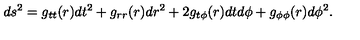
d s ^ { 2 } = g _ { t t } ( r ) d t ^ { 2 } + g _ { r r } ( r ) d r ^ { 2 } + 2 g _ { t \phi } ( r ) d t d \phi + g _ { \phi \phi } ( r ) d \phi ^ { 2 } .